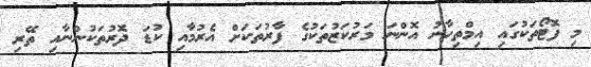
މި ފޮޓޯތަކުގައި އިމްތިހާނު އޮންނަ މަރުކަޒުތަކުގެ ފާރުތަކަށް އެރުމާއި ކުޑަ ދޮރުތަކުންނާއި ތޭރި